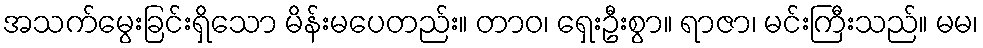
အသက်မွေးခြင်းရှိသော မိန်းမပေတည်း။ တာဝ၊ ရှေးဦးစွာ။ ရာဇာ၊ မင်းကြီးသည်။ မမ၊